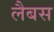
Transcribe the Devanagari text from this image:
लैबस